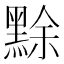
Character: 𪑏